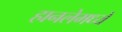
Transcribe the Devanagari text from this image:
हानलेमध्ये